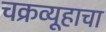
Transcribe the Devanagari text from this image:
चक्रव्यूहाचा